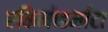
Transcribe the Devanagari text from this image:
एकिनोडर्माटा